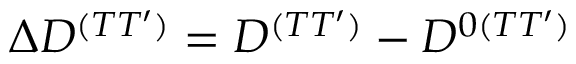
\Delta D ^ { ( T T ^ { \prime } ) } = D ^ { ( T T ^ { \prime } ) } - D ^ { 0 ( T T ^ { \prime } ) }